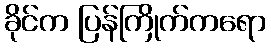
ခိုင်က ပြန်ကြိုက်ကရော